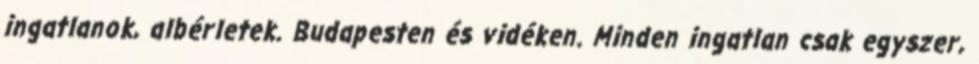
ingatlanok, albérletek. Budapesten és vidéken. Minden ingatlan csak egyszer,